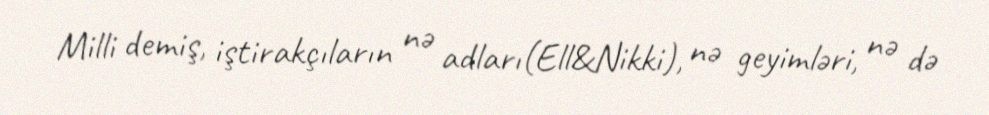
Milli demiş, iştirakçıların nə adları(Ell&Nikki), nə geyimləri, nə də